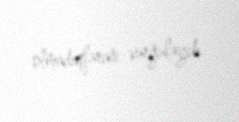
olmadıqlarını vurğulayıb.